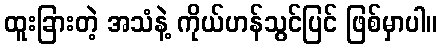
ထူးခြားတဲ့ အသံနဲ့ ကိုယ်ဟန်သွင်ပြင် ဖြစ်မှာပါ။